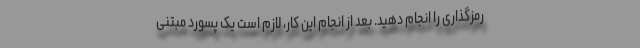
رمزگذاری را انجام دهید. بعد از انجام این کار، لازم است یک پسورد مبتنی